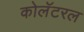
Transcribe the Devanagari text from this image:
कोलॅटरल